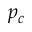
p _ { c }